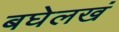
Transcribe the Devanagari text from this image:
बघेलखं